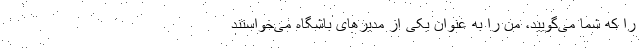
را که شما می‌گویید، من را به عنوان یکی از مدیرهای باشگاه می‌خواستند